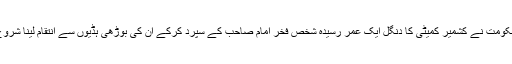
موجودہ حکومت نے کشمیر کمیٹی کا دنگل ایک عمر رسیدہ شخص فخر امام صاحب کے سپرد کرکے ان کی بوڑھی ہڈیوں سے انتقام لینا شروع کیا ہے۔